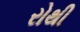
રોથી